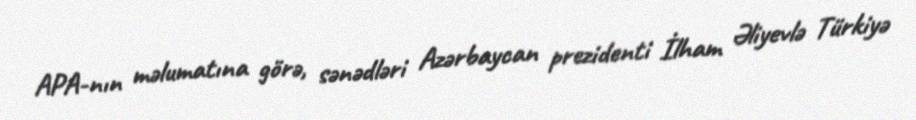
APA-nın məlumatına görə, sənədləri Azərbaycan prezidenti İlham Əliyevlə Türkiyə